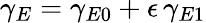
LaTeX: \gamma_{E}=\gamma_{E0}+\epsilon\, \gamma_{E1}